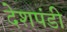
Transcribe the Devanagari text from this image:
देशपंडी